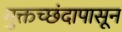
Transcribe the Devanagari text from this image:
मुक्तच्‍छंदापासून